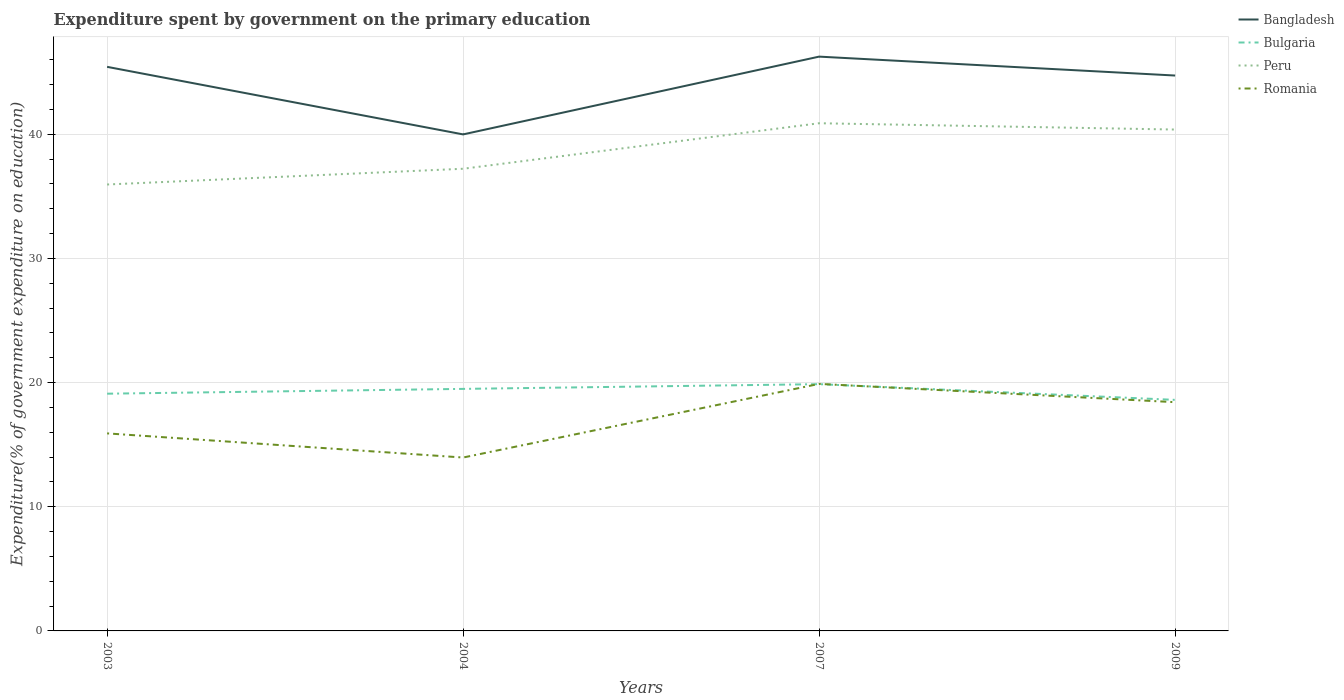
| Years | Bangladesh | Bulgaria | Peru | Romania |
 | --- | --- | --- | --- | --- |
 | 2003 | 45.4 | 19.1 | 36 | 15.9 |
 | 2004 | 40 | 19.5 | 37.2 | 14 |
 | 2007 | 46.3 | 19.9 | 40.9 | 19.9 |
 | 2009 | 44.7 | 18.6 | 40.4 | 18.4 |